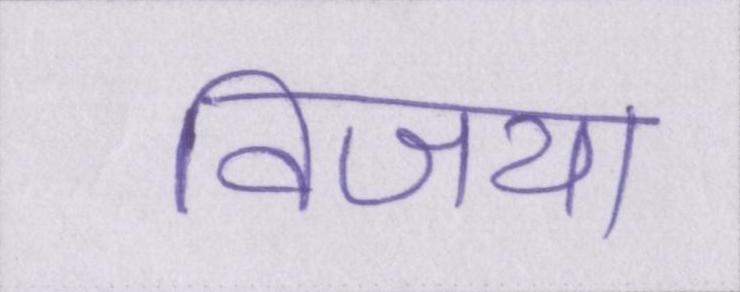
विजया